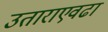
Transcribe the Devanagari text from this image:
उताराएवढा